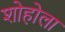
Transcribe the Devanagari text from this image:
शोहोला